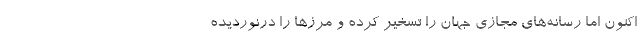
اکنون اما رسانه‌های مجازی جهان را تسخیر کرده و مرزها را درنوردیده